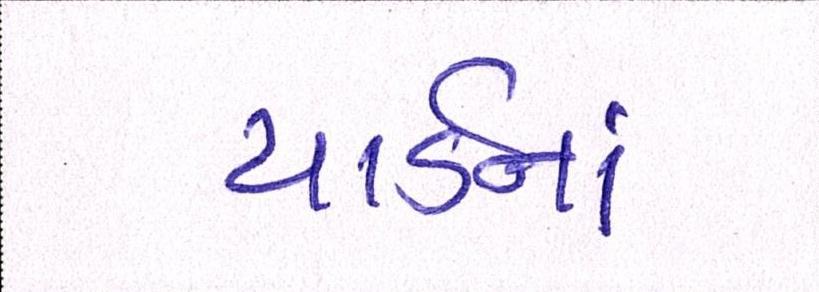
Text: યાર્ડનાં